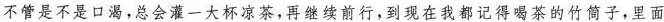
不管是不是口渴，总会灌一大杯凉茶，再继续前行，到现在我都记得喝茶的竹筒子，里面